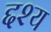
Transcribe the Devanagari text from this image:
द्दश्य